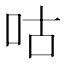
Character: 咕